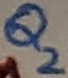
Text: Q2